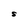
Character: S